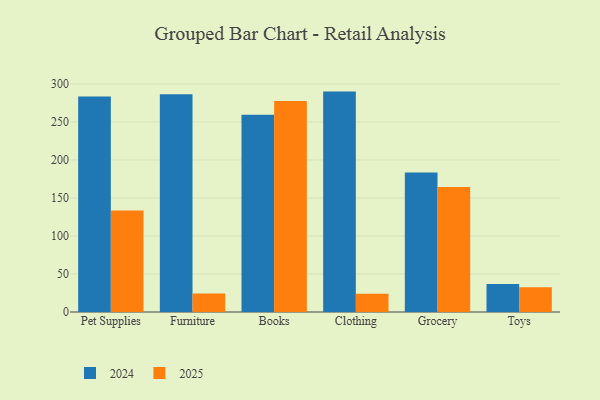
{"axis": {"x": "Category", "y": "Humidity (%)"}, "legend": ["2024", "2025"], "data": [{"x": "Pet Supplies", "y": 133.5, "type": "2025"}, {"x": "Pet Supplies", "y": 283.4, "type": "2024"}, {"x": "Furniture", "y": 24.3, "type": "2025"}, {"x": "Furniture", "y": 286.3, "type": "2024"}, {"x": "Books", "y": 277.5, "type": "2025"}, {"x": "Books", "y": 259.4, "type": "2024"}, {"x": "Clothing", "y": 24.0, "type": "2025"}, {"x": "Clothing", "y": 289.9, "type": "2024"}, {"x": "Grocery", "y": 164.3, "type": "2025"}, {"x": "Grocery", "y": 183.6, "type": "2024"}, {"x": "Toys", "y": 32.5, "type": "2025"}, {"x": "Toys", "y": 36.8, "type": "2024"}]}